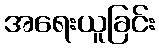
အရေးယူခြင်း